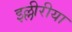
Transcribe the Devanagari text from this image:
इल्लीरीया